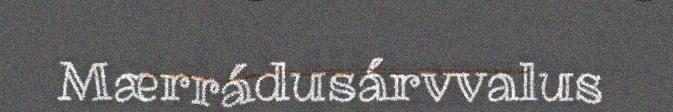
Mærrádusárvvalus